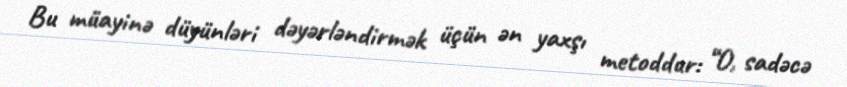
Bu müayinə düyünləri dəyərləndirmək üçün ən yaxşı metoddur: “O, sadəcə